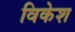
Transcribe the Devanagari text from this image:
विकेश